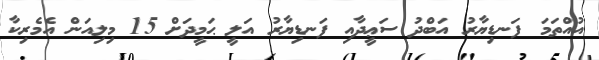
އުއްތަމަ ފަނޑިޔާރު އަބްދު ސަޢީދާއި ފަނޑިޔާރު އަލީ ޙަމީދަށް 15 މިލިއަން އެމެރިކާ